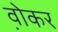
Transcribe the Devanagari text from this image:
व़ोकर